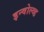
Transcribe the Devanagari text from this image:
इन्वोल्व्ड